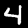
Digit: 4